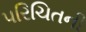
પરિચિતની